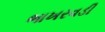
ભાખરવડી